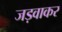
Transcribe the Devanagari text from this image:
जड़वाकर